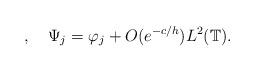
LaTeX: \begin{align*} , \ \ \ \Psi_j=\varphi_j+O(e^{-c/h}) L^2(\mathbb T).\end{align*}